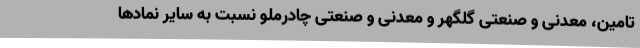
تامین، معدنی و صنعتی گلگهر و معدنی و صنعتی چادرملو نسبت به سایر نمادها